Indian journal of veterinary science and animal husbandry - Volume 11,
Year: 1941
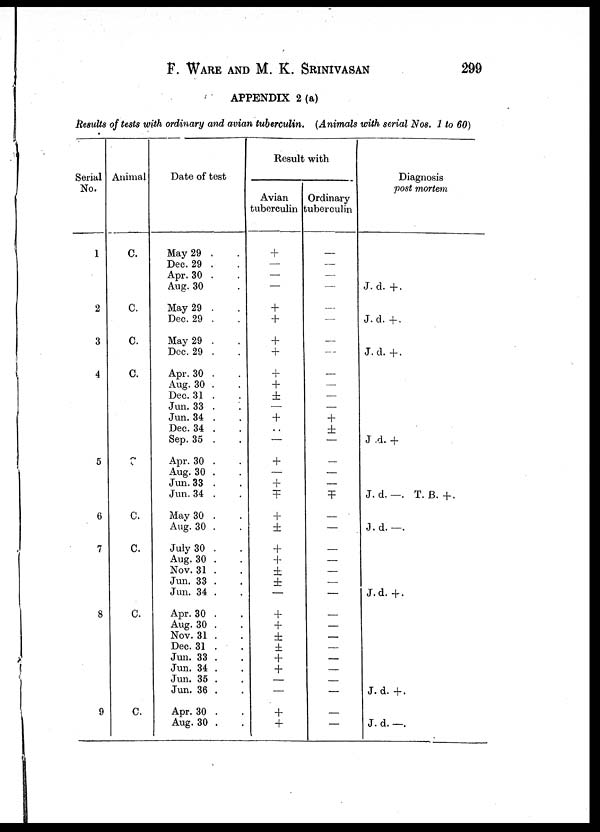
F. WARE AND M. K. SRINIVASAN 209
APPENDIX 2 (a)
Results of tests with ordinary and avian tuberculin. (Animals with serial Nos. 1 to 60)
Serial
No.
1
2
3
4
5
6
7
8
9
Animal
C.
C.
C.
C.
C
C.
C.
C.
C.
Date of test
May 29 . .
Dec. 29 . .
Apr. 30 . .
Aug. 30 . .
May 29 . .
Dec. 29 . .
May 29 . .
Dec. 29 . .
Apr. 30 . .
Aug. 30 . .
Dec. 31 . .
Jun. 33 . .
Jun. 34 . .
Dec. 34 . .
Sep. 35 . .
Apr. 30 . .
Aug. 30 . .
Jun. 33 . .
Jun. 34 . .
May 30 . .
Aug. 30 . .
July 30 . .
Aug. 30 . .
Nov. 31 . .
Jun. 33 . .
Jun. 34 . .
Apr. 30 . .
Aug. 30 . .
Nov. 31 . .
Dec. 31 . .
Jun. 33 . .
Jun. 34 . .
Jun. 35 . .
Jun. 36 . .
Apr. 30 . .
Aug. 30 . .
Result with
Avian
tuberculin
+
—
—
—
+
+
+
+
+
+
±
—
+
..
—
+
—
+
±
+
±
+
+
±
±
—
+
+
± ±
+
+
—
—
+
+
Ordinary
tuberculin
—
—
—
—
—
—
—
—
—
—
—
—
+
±
—
—
—
—
±
—
—
—
—
—
—
—
—
—
—
—
—
—
—
—
—
Diagnosis
post mortem
J. d. +.
J. d. +.
J. d. +.
J .d. +
J. d. —. T. B. +.
J.d. —.
J.d. +.
J.d. +.
J. d. —.